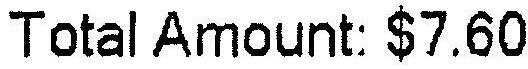
TOTAL AMOUNT: $7.60